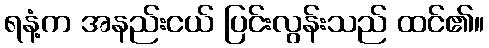
ရနံ့က အနည်းငယ် ပြင်းလွန်းသည် ထင်၏။